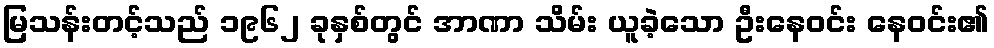
မြသန်းတင့်သည် ၁၉၆၂ ခုနှစ်တွင် အာဏာ သိမ်း ယူခဲ့သော ဦးနေဝင်း နေဝင်း၏